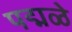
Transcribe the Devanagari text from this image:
पद्मळे